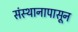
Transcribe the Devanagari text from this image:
संस्थानापासून